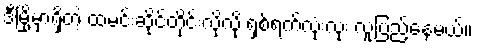
ဒီမြို့မှာရှိတဲ့ ထမင်းဆိုင်တိုင်းလိုလို ရှစ်ရက်လုံးလုံး လူပြည့်နေမယ်။